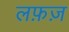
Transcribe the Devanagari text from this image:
लफ़ज़